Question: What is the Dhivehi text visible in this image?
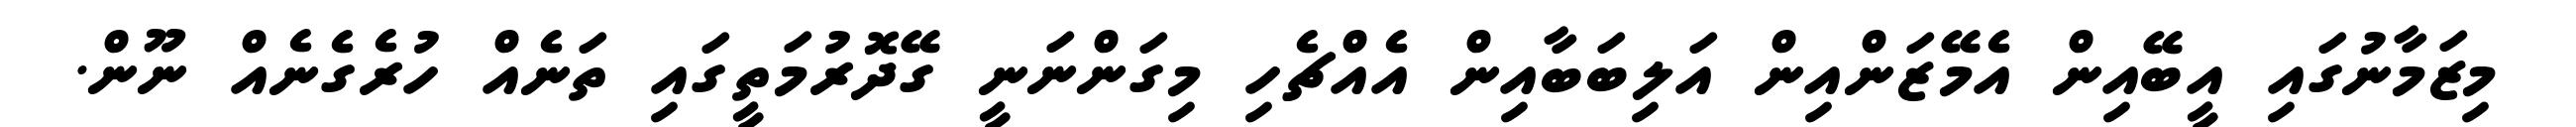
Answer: މިޒަމާނުގައި އީބޭއިން އެމޭޒަންއިން އަލިބަބާއިން އެއްޗެހި މިގަންނަނީ ގޭދޮރުމަތީގައި ތަނެއް ހުރެގެނެއް ނޫން.